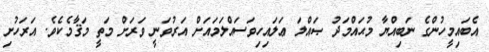
އެބައިމީހުންގެ ނަބިއްޔާ މުޙައްމަދު ޞައްލަ ޢަލައިހިވަސައްލަމައަށް އަރުވަނީ ވަރަށް މަތީ މަޤާމެކެވެ. އަރަހުށި